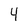
Character: 4